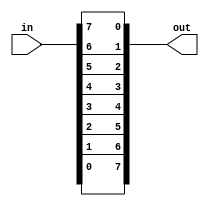
`timescale 1ns / 1ps
//////////////////////////////////////////////////////////////////////////////////
// Company: 
// Engineer: 
// 
// Design Name: 
// Module Name: Vectorr
// Project Name: 
// Target Devices: 
// Tool Versions: 
// Description: 
// 
// Dependencies: 
// 
// Revision:
// Revision 0.01 - File Created
// Additional Comments:
// 
//////////////////////////////////////////////////////////////////////////////////


module Vectorr(
    input [7:0] in,
    output [7:0] out
    );
	assign out = {in[0],in[1],in[2],in[3],in[4],in[5],in[6],in[7]};
endmodule